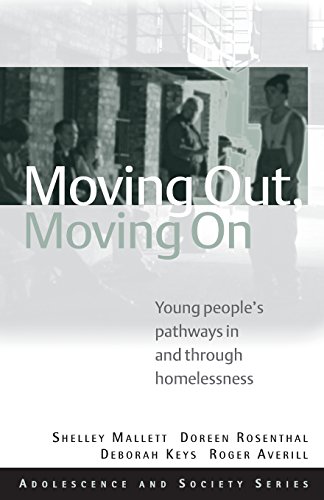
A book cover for Moving Out, Moving On: Young People's Pathways In and Through Homelessness (Adolescence and Society); Shelley Mallett; Medical Books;